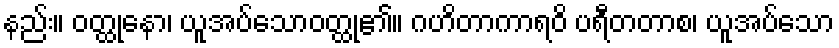
နည်း။ ဝတ္ထုနော၊ ယူအပ်သောဝတ္ထု၏။ ဂဟိတာကာရဝိ ပရီတတာစ၊ ယူအပ်သော